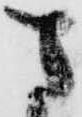
さ